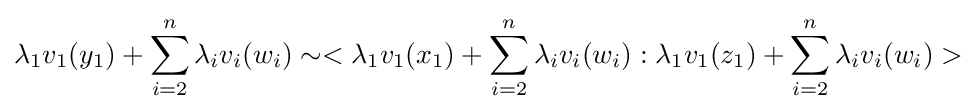
\lambda _{1}v_{1}(y_{1})+\sum _{i=2}^{n}{\lambda _{i}v_{i}(w_{i})}\sim <\lambda _{1}v_{1}(x_{1})+\sum _{i=2}^{n}{\lambda _{i}v_{i}(w_{i})}:\lambda _{1}v_{1}(z_{1})+\sum _{i=2}^{n}{\lambda _{i}v_{i}(w_{i})}>